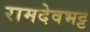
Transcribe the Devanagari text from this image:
रामदेवभट्ट